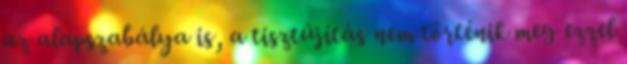
az alapszabálya is, a tisztújítás nem történik meg ezzel